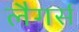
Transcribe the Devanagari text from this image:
लैगर्स